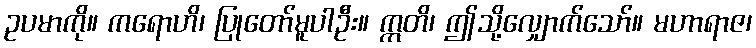
ဥပမာကို။ ကရောဟိ၊ ပြုတော်မူပါဦး။ ဣတိ၊ ဤသို့လျှောက်သော်။ မဟာရာဇ၊